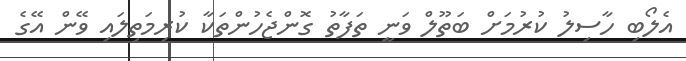
އެލޯބި ހާސިލު ކުރުމަށް ބަތޫލް ވަނީ ތަފާތު ގޮންޖެހުންތަކާ ކުރިމަތިލައި ވޭން އޭގެ